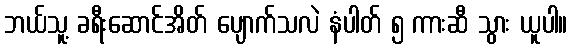
ဘယ်သူ့ ခရီးဆောင်အိတ် ပျောက်သလဲ နံပါတ် ၅ ကားဆီ သွား ယူပါ။